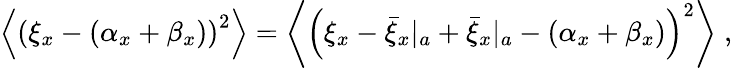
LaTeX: \begin{array}{r}{\left\langle\left(\xi_{x}-(\alpha_{x}+\beta_{x})\right)^{2}\right\rangle=\left\langle\left(\xi_{x}-{\bar{\xi}_{x}}|_{a}+{\bar{\xi}_{x}}|_{a}-(\alpha_{x}+\beta_{x})\right)^{2}\right\rangle\; ,}\end{array}